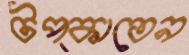
টপ্‌কাতেন